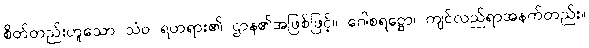
စိတ်တည်းဟူသော သံဝ ရတရား၏ ဌာန၏အဖြစ်ဖြင့်။ ဂေါစရဋ္ဌော၊ ကျင်လည်ရာအနက်တည်း။